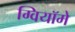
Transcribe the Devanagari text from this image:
ग्वियॉमे